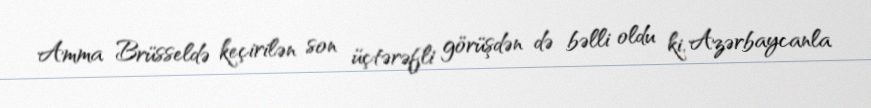
Amma Brüsseldə keçirilən son üçtərəfli görüşdən də bəlli oldu ki, Azərbaycanla